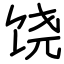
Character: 饶